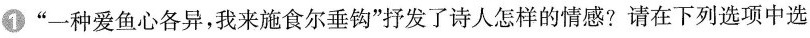
①”一种爱鱼心各异，我来施食尔垂钩”抒发了诗人怎样的情感?请在下列选项中选